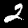
Label: 2